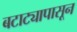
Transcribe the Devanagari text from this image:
बटाट्यापासून